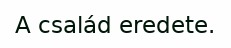
A család eredete.